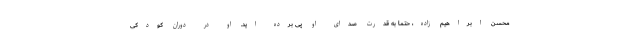
محسن ابراهیم زاده، حتما به قدرت صدای او پی برده اید. او در دوران کودکی